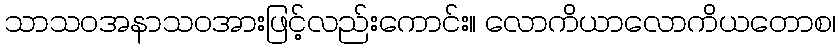
သာသဝအနာသဝအားဖြင့်လည်းကောင်း။ လောကိယာလောကိယတောစ၊